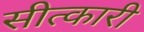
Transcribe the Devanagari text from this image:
सीत्कारी